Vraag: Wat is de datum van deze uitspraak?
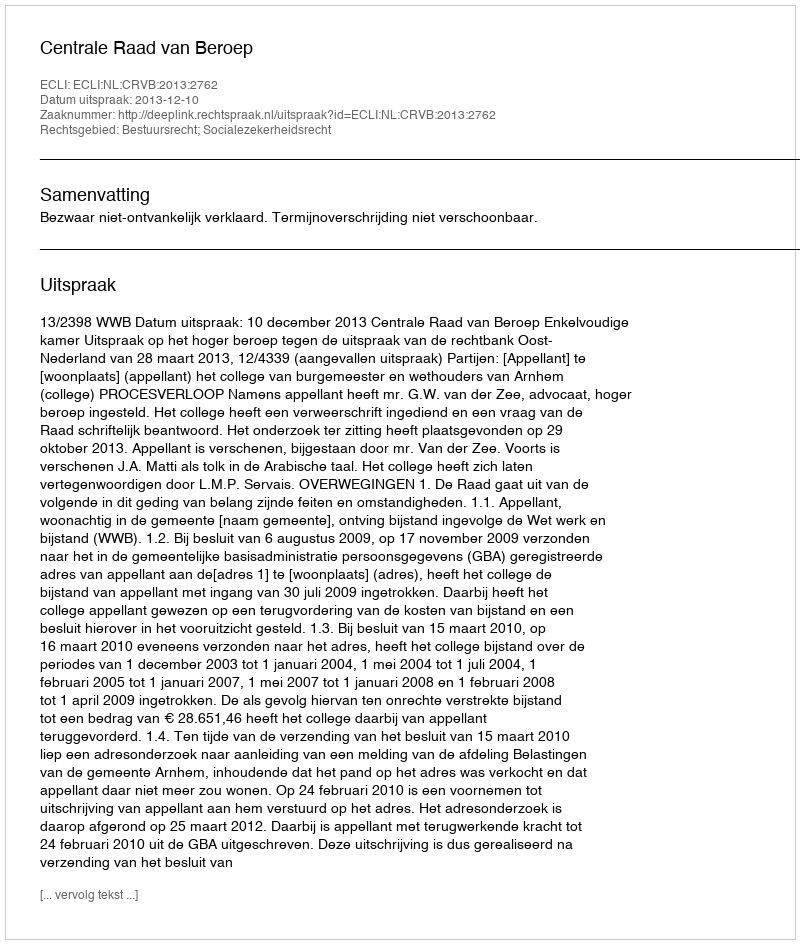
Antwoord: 2013-12-10